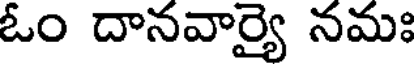
ఓం దానవార్యై నమః